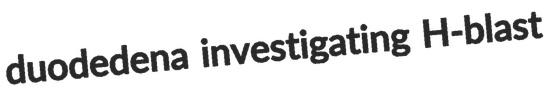
duodedena investigating H-blast